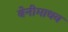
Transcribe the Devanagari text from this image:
बेनीमाधव